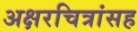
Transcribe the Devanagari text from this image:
अक्षरचित्रांसह